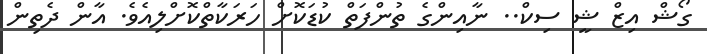
ގޯޝް އިޒް ޝީ ސިކް.. ނާއިންގެ ތުންފަތް ކުޑަކޮށް ހަރަކާތްކޮށްލިއެވެ. އާން ދެތިން